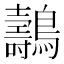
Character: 𪇘